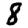
Digit: 8